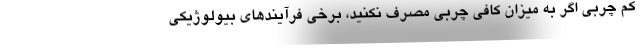
کم چربی اگر به میزان کافی چربی مصرف نکنید، برخی فرآیندهای بیولوژیکی